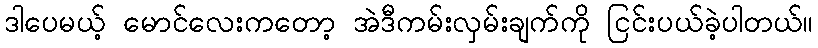
ဒါပေမယ့် မောင်လေးကတော့ အဲဒီကမ်းလှမ်းချက်ကို ငြင်းပယ်ခဲ့ပါတယ်။